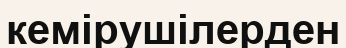
кемірушілерден